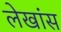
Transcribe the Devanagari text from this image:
लेखांस